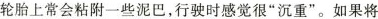
轮胎上常会粘附一些泥巴，行驶时感觉很”沉重”。如果将